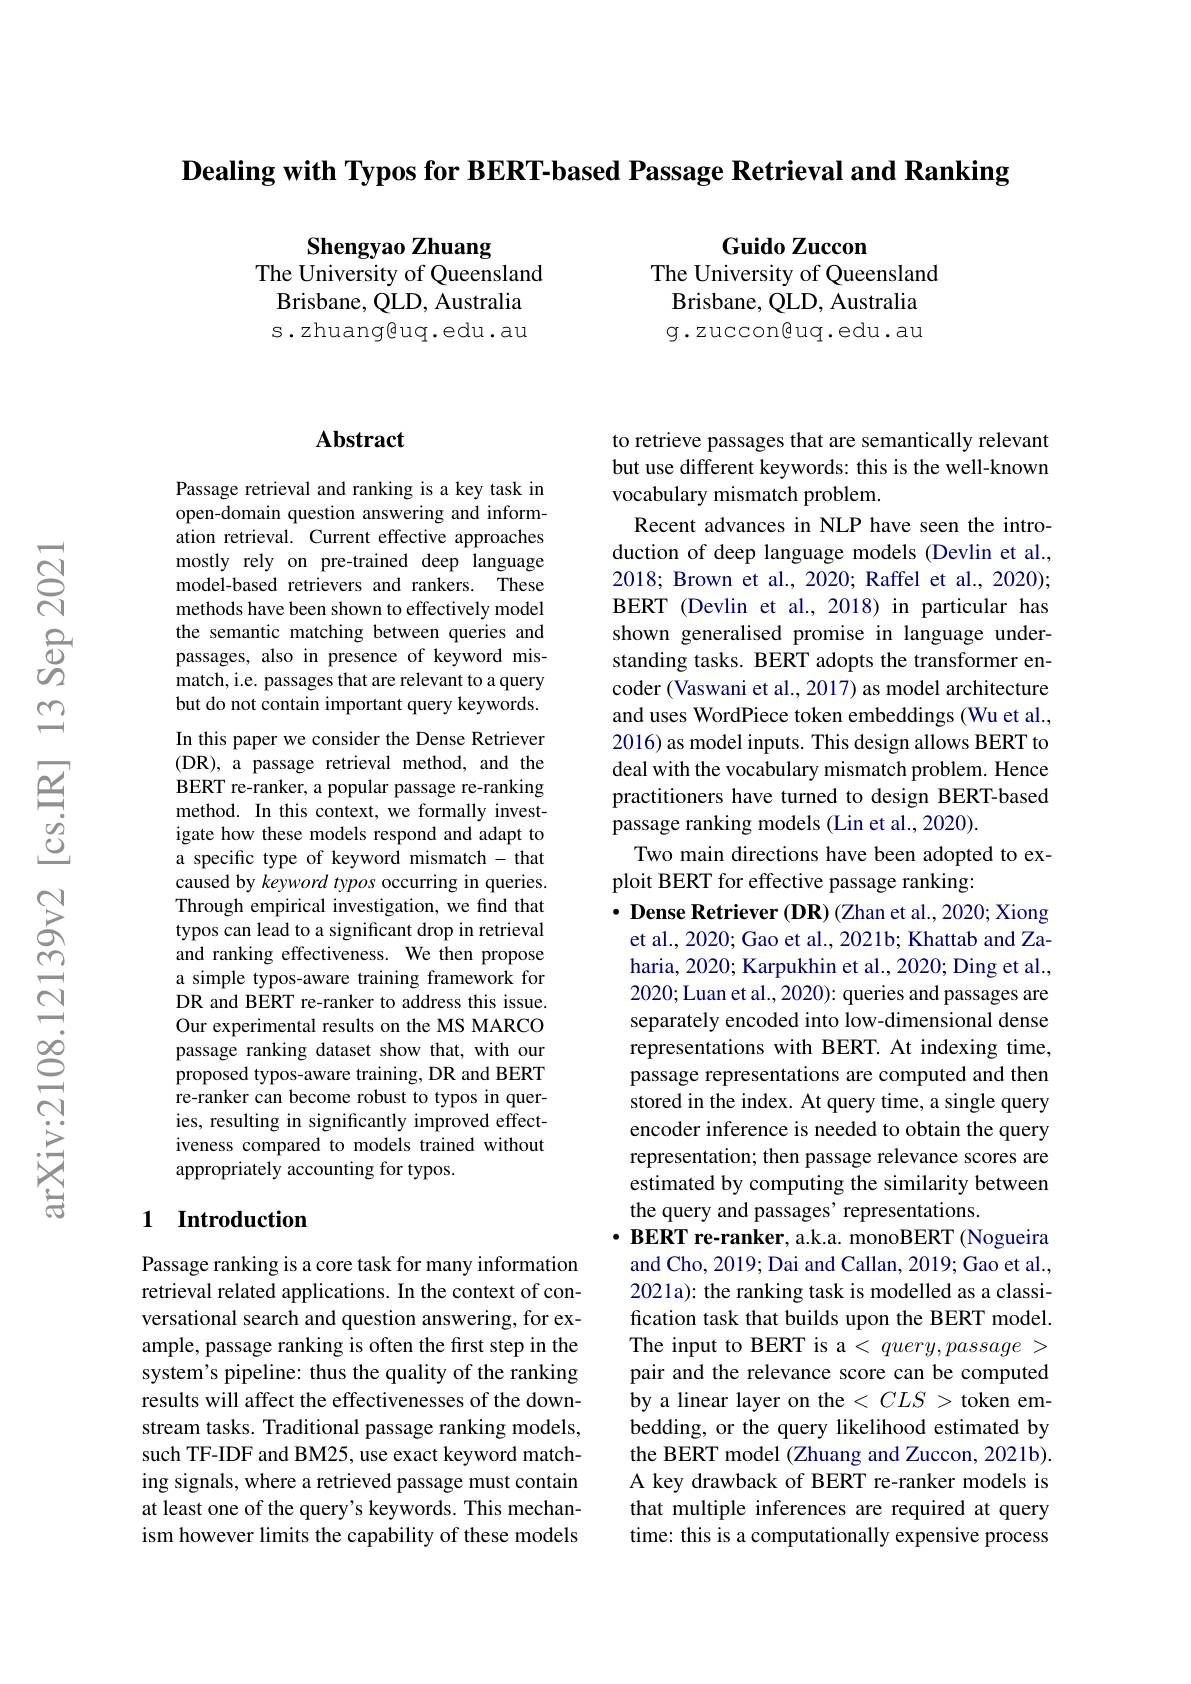
Dealing with Typos for BERT-based Passage Retrieval and Ranking

Guido Zuccon
The University of Queensland Brisbane, QLD, Australia g.zuccon@uq.edu.au

Shengyao Zhuang
The University of Queensland Brisbane, QLD, Australia s.zhuang@uq.edu.au

### $\mathbf{Abstract}$

Passage retrieval and ranking is a key task in open-domain question answering and information retrieval. Current effective approaches mostly rely on pre-trained deep language model-based retrievers and rankers. These methods have been shown to effectively model the semantic matching between queries and passages, also in presence of keyword mismatch, i.e. passages that are relevant to a query but do not contain important query keywords. In this paper we consider the Dense Retriever (DR), a passage retrieval method, and the BERT re-ranker, a popular passage re-ranking method. In this context, we formally investigate how these models respond and adapt to a specific type of keyword mismatch - that caused by keyword typos occurring in queries. Through empirical investigation, we find that typos can lead to a significant drop in retrieval and ranking effectiveness. We then propose a simple typos-aware training framework for DR and BERT re-ranker to address this issue. Our experimental results on the MS MARCO passage ranking dataset show that, with our proposed typos-aware training, DR and BERT re-ranker can become robust to typos in queries, resulting in significantly improved effectiveness compared to models trained without appropriately accounting for typos.

## 1 Introduction

Passage ranking is a core task for many information retrieval related applications. In the context of conversational search and question answering, for example, passage ranking is often the first step in the system's pipeline: thus the quality of the ranking results will affect the effectivenesses of the downstream tasks. Traditional passage ranking models, such TF-IDF and BM25, use exact keyword matching signals, where a retrieved passage must contain at least one of the query's keywords. This mechanism however limits the capability of these models

to retrieve passages that are semantically relevant but use different keywords: this is the well-known vocabulary mismatch problem.
Recent advances in NLP have seen the introduction of deep language models (Devlin et al., 2018; Brown et al., 2020; Raffel et al., 2020); BERT (Devlin et al., 2018) in particular has shown generalised promise in language understanding tasks. BERT adopts the transformer encoder (Vaswani et al., 2017) as model architecture and uses WordPiece token embeddings (Wu et al., 2016) as model inputs. This design allows BERT to deal with the vocabulary mismatch problem. Hence practitioners have turned to design BERT-based passage ranking models (Lin et al., 2020).
Two main directions have been adopted to ex-
ploit BERT for effective passage ranking:
· Dense Retriever (DR) (Zhan et al., 2020; Xiong
et al., 2020; Gao et al., 2021b; Khattab and Zaharia, 2020; Karpukhin et al., 2020; Ding et al., 2020; Luan et al., 2020): queries and passages are separately encoded into low-dimensional dense representations with BERT. At indexing time, passage representations are computed and then stored in the index. At query time, a single query encoder inference is needed to obtain the query representation; then passage relevance scores are estimated by computing the similarity between the query and passages' representations.
BERT re-ranker, a.k.a. monoBERT (Nogueira and Cho, 2019; Dai and Callan, 2019; Gao et al., 2021a): the ranking task is modelled as a classification task that builds upon the BERT model. The input to BERT is a < $query,passage>$ pair and the relevance score can be computed by a linear layer on the $<CLS>$ token embedding, or the query likelihood estimated by the BERT model (Zhuang and Zuccon, 2021b). A key drawback of BERT re-ranker models is that multiple inferences are required at query time: this is a computationally expensive process